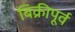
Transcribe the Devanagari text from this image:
बिक्रीपूर्व